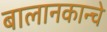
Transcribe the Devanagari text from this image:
बालानकान्चे